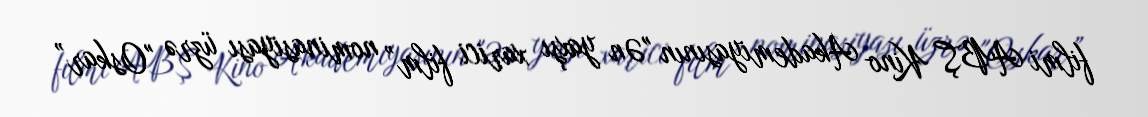
filmi ABŞ Kino Akademiyasının "Ən yaxşı xarici film” nominasiyası üzrə "Oskar”